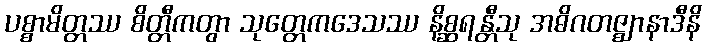
ပစ္စာမိတ္တဿ စိတ္တီကတွာ သုတ္တေကဒေသဿ နိစ္ဆရန္တီသု အဓိဂတဇ္ဈာနာဒီနိ